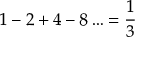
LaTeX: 1 - 2 + 4 - 8 \ldots = { \frac { 1 } { 3 } }